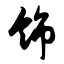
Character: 饰